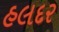
હલદર